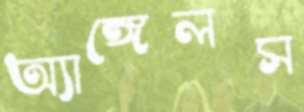
অ্যাঙ্গেলস